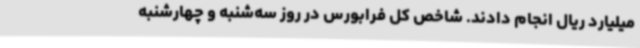
میلیارد ریال انجام دادند. شاخص کل فرابورس در روز سه‌شنبه و چهارشنبه